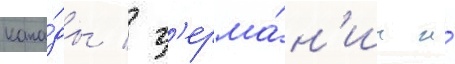
кана́ды / г'ерма́н'ии и́